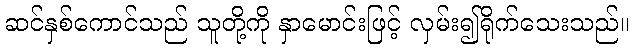
ဆင်နှစ်ကောင်သည် သူတို့ကို နှာမောင်းဖြင့် လှမ်း၍ရိုက်သေးသည်။